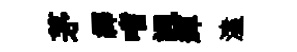
茅繹嗜諷輝溘